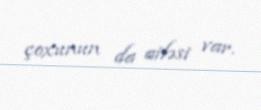
çoxunun da ailəsi var.